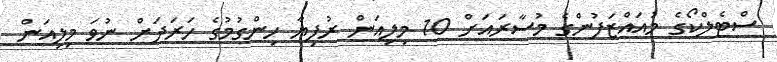
ސްްޓެލްކޯގެ މުއައްޒަފުންގެ މުސާރައަށް 10 މިލިއަން ރުފިޔާ ހިންގުމުގެ ހަރަދަށް ނުވަ މިލިއަން